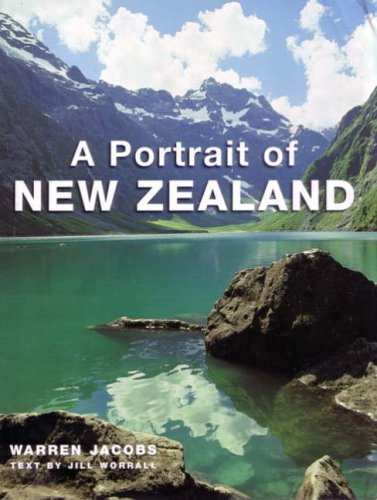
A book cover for Portrait of New Zealand; Warren Jacobs; Travel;